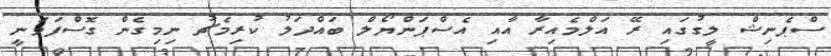
ސްޕެނިޝް ލީގުގައި ރޭ އަލްމެއިރާ އާއި އެސްޕަންޔޯލް ބައްދަލު ކުރިމެޗު ނިމިގެން ގޮސްފަވަނީ